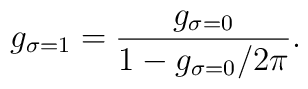
g_{\sigma=1} = \frac{g_{\sigma=0}}{1- g_{\sigma=0}/ 2 \pi} .